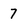
Character: 7